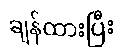
ချန်ထားပြီး